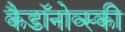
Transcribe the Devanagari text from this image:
कैडाॅनोव्स्की